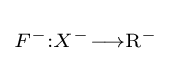
\scriptstyle {F^{-}:X^{-}\longrightarrow \mathrm {R} ^{-}}